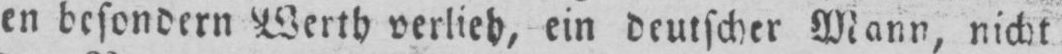
en besondern Werth verlieh, ein deutscher Mann, nicht